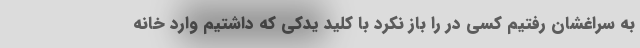
به سراغشان رفتیم کسی در را باز نکرد با کلید یدکی که داشتیم وارد خانه